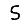
Digit: 5